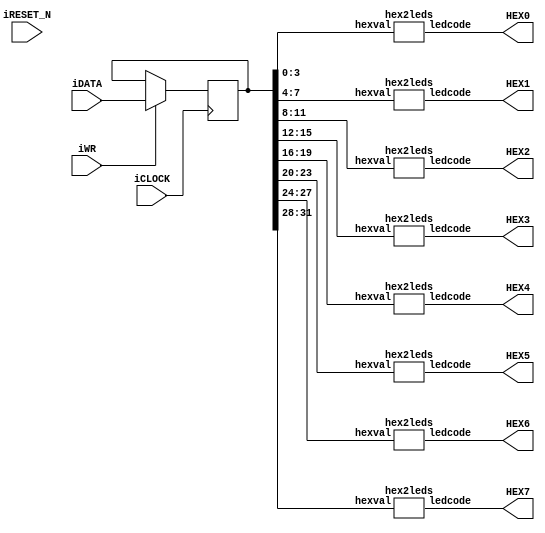
module HexLED (
	input iCLOCK,
	input iRESET_N, 
	input iWR,
	input [31:0]iDATA,
	output [7:0]HEX0,
	output [7:0]HEX1,
	output [7:0]HEX2,
	output [7:0]HEX3,
	output [7:0]HEX4,
	output [7:0]HEX5,
	output [7:0]HEX6,
	output [7:0]HEX7
);

	reg [31:0]Number;
	
	always @(posedge iCLOCK) begin
		if(iWR) Number <= iDATA;
	end
	
	hex2leds h0(Number[3:0], HEX0);
	hex2leds h1(Number[7:4], HEX1);
	hex2leds h2(Number[11:8], HEX2);
	hex2leds h3(Number[15:12], HEX3);
	hex2leds h4(Number[19:16], HEX4);
	hex2leds h5(Number[23:20], HEX5);
	hex2leds h6(Number[27:24], HEX6);
	hex2leds h7(Number[31:28], HEX7);
endmodule


module hex2leds(input [3:0] hexval, output [7:0] ledcode);
	reg [7:0] lc;
	assign ledcode = ~lc;

	always @(*)
		case(hexval)
			4'h0 : lc <= 8'b00111111;
			4'h1 : lc <= 8'b00000110;
			4'h2 : lc <= 8'b01011011;
			4'h3 : lc <= 8'b01001111;
			4'h4 : lc <= 8'b01100110;
			4'h5 : lc <= 8'b01101101;
			4'h6 : lc <= 8'b01111101;
			4'h7 : lc <= 8'b00000111;
			4'h8 : lc <= 8'b01111111;
			4'h9 : lc <= 8'b01100111;
			4'hA : lc <= 8'b01110111;
			4'hB : lc <= 8'b01111100;
			4'hC : lc <= 8'b00111001;
			4'hD : lc <= 8'b01011110;
			4'hE : lc <= 8'b01111001;
			4'hF : lc <= 8'b01110001;
		endcase
endmodule